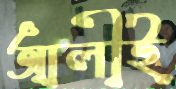
আলীই